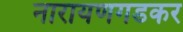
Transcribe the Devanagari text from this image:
नारायणगडकर